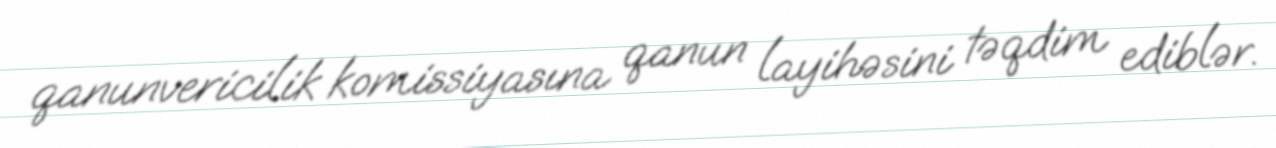
qanunvericilik komissiyasına qanun layihəsini təqdim ediblər.